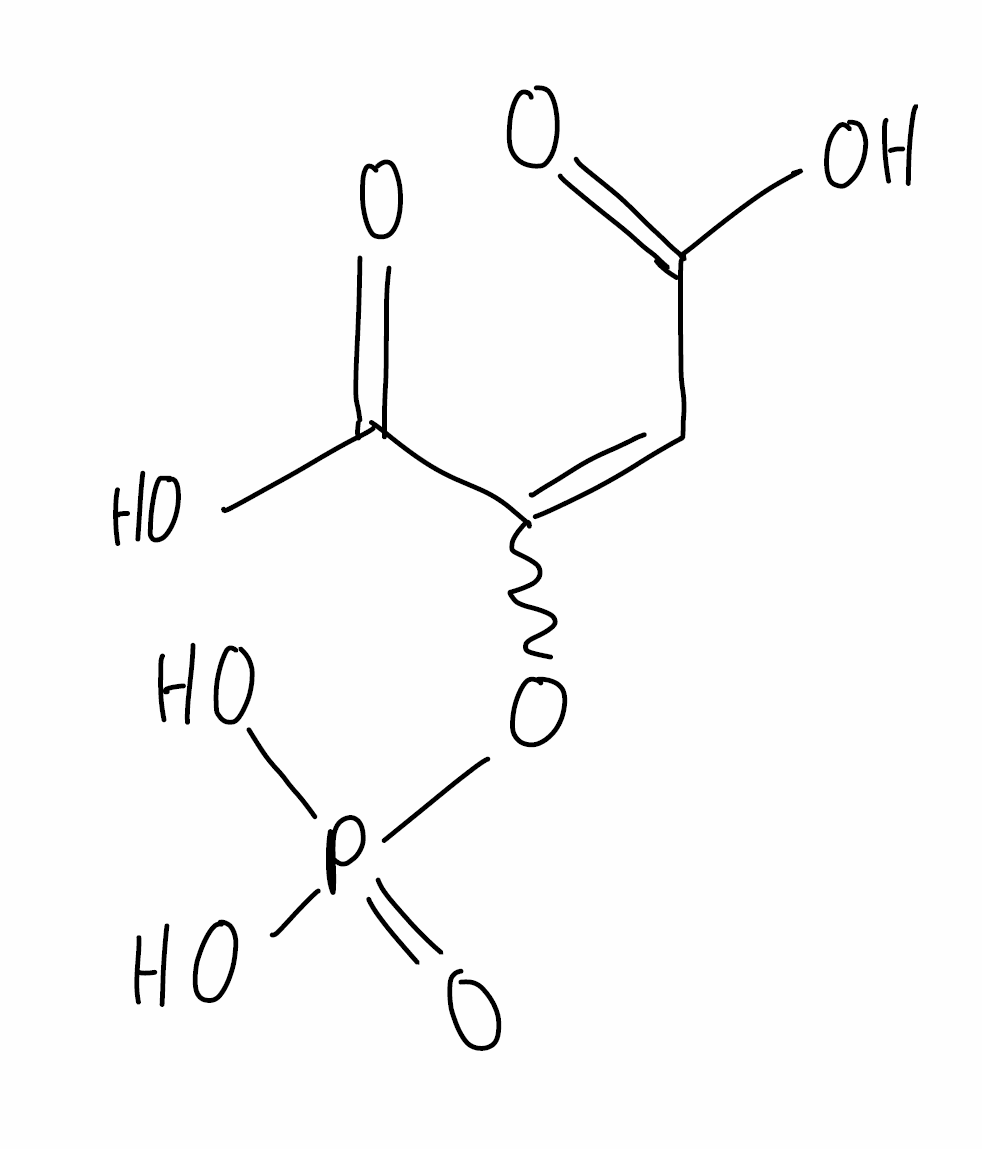
Simplified molecular-input line-entry system (SMILES) notation of the given molecule:
C(=C(C(=O)O)OP(=O)(O)O)C(=O)O